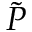
\tilde { P }